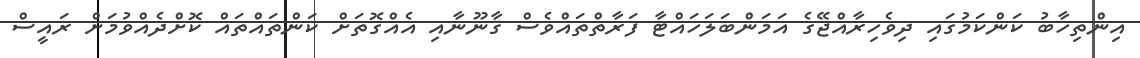
އިންތިހާބު ކަންކަމުގައި ދިވެހިރާއްޖޭގެ އަމަންބަލަހައްޓާ ފަރާތްތައްވެސް ޤާނޫނާއި އެއްގޮތަށް ކަންތައްތައް ކޮށްދެއްވުމަށް ރައީސް